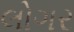
લોગર